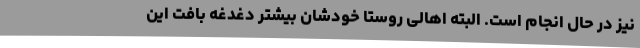
نیز در حال انجام است. البته اهالی روستا خودشان بیشتر دغدغه بافت این